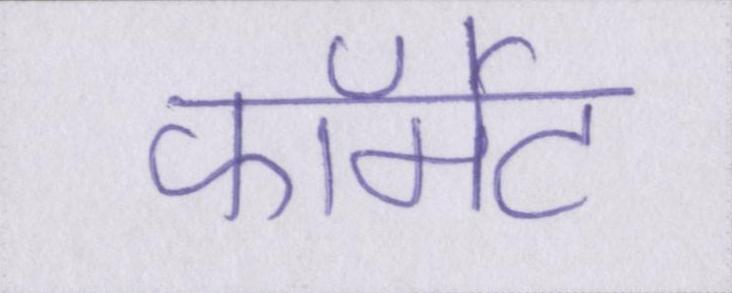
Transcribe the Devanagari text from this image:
फॉर्मेट